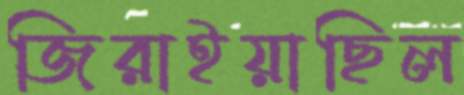
জিরাইয়াছিল